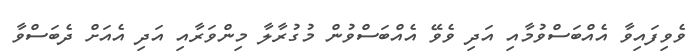
ވެވިފައިވާ އެއްބަސްވުމާއި އަދި ވެވޭ އެއްބަސްވުން މުގުރާލާ މިންވަރާއި އަދި އެއަށް ދެބަސްވާ